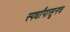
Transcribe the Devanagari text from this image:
स्पर्धांपासूनच